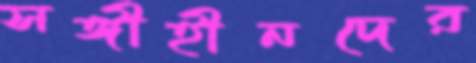
সঙ্গীহীনদের